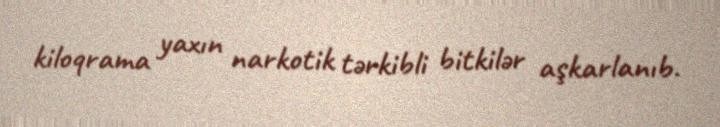
kiloqrama yaxın narkotik tərkibli bitkilər aşkarlanıb.